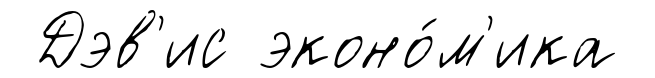
Дэв'ис эконо́м'ика